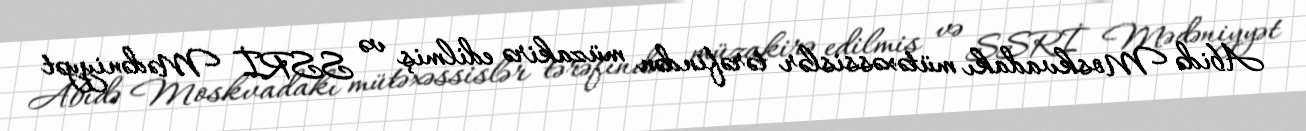
Abidə Moskvadakı mütəxəssislər tərəfindən müzakirə edilmiş və SSRİ Mədəniyyət